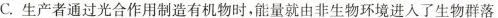
C.生产者通过光合作用制造有机物时，能量就由非生物环境进入了生物群落